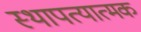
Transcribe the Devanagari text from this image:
स्थापत्यात्मक